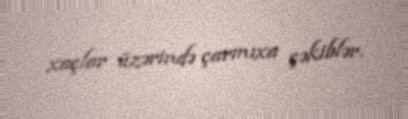
xaçlar üzərində çarmıxa çəkiblər.